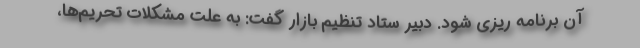
آن برنامه ریزی شود. دبیر ستاد تنظیم بازار گفت: به علت مشکلات تحریم‌ها،